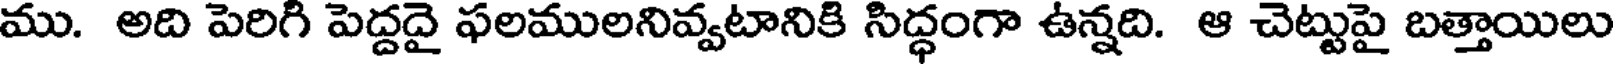
ము. అది పెరిగి పెద్దదై ఫలములనివ్వటానికి సిద్ధంగా ఉన్నది. ఆ చెట్టుపై బత్తాయిలు